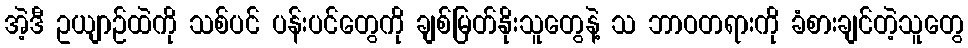
အဲ့ဒီ ဥယျာဉ်ထဲကို သစ်ပင် ပန်းပင်တွေကို ချစ်မြတ်နိုးသူတွေနဲ့ သ ဘာဝတရားကို ခံစားချင်တဲ့သူတွေ